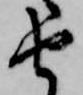
由